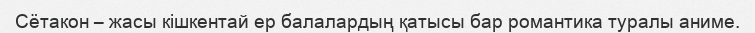
Сётакон – жасы кішкентай ер балалардың қатысы бар романтика туралы аниме.